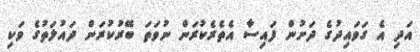
އަދި އެ ގަވައިދުގެ ދަށުން ފައިސާ އެތެރެކުރަން ނުވަތަ ބޭރުކުރަން ދައުލަތުގެ ވަކި